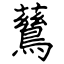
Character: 鶿